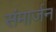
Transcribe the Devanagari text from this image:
संमार्जन